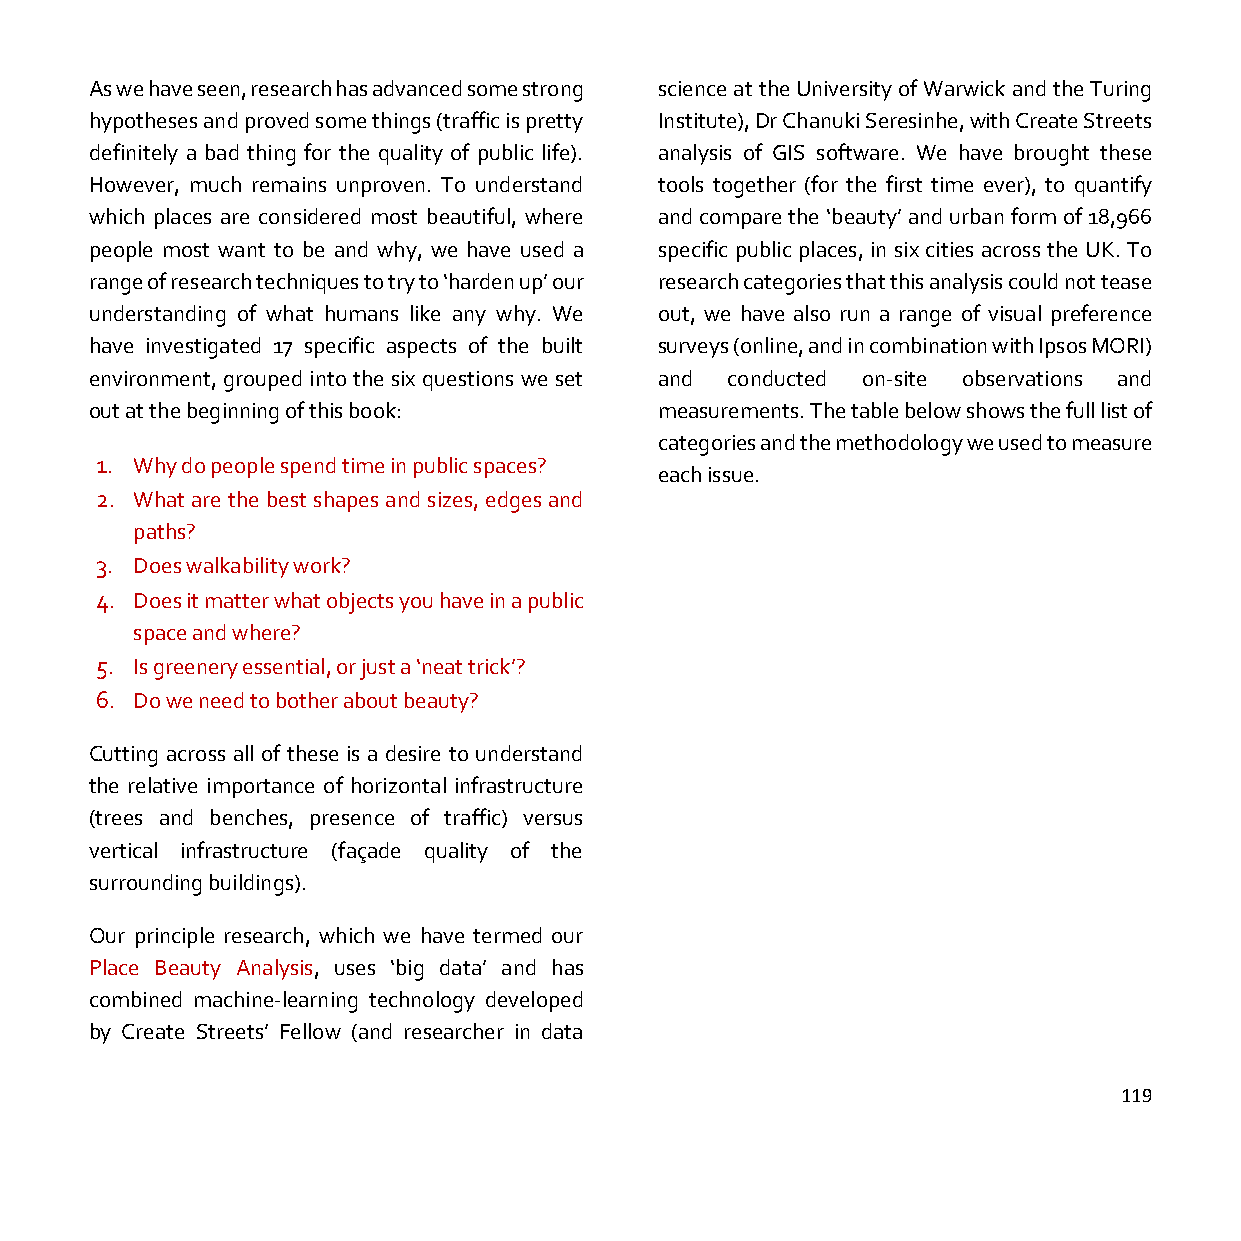
As we have seen, research has advanced some strong science at the University of Warwick and the Turing
 hypotheses and proved some things (traffic is pretty Institute), Dr Chanuki Seresinhe, with Create Streets
 definitely a bad thing for the quality of public life). analysis of GIS software. We have brought these
 However, much remains unproven. To understand tools together (for the first time ever), to quantify
 which places are considered most beautiful, where and compare the ‘beauty’ and urban form of 18,966
 people most want to be and why, we have used a specific public places, in six cities across the UK. To
 range of research techniques to try to ‘harden up’ our research categories that this analysis could not tease
 understanding of what humans like any why. We out, we have also run a range of visual preference
 have investigated 17 specific aspects of the built surveys (online, and in combination with Ipsos MORI)
 environment, grouped into the six questions we set and conducted on-site observations and
 out at the beginning of this book:    measurements. The table below shows the full list of
 categories and the methodology we used to measure
 1. Why do people spend time in public spaces?
 each issue.
 2. What are the best shapes and sizes, edges and
 paths?
 3. Does walkability work?
 4. Does it matter what objects you have in a public
 space and where?
 5. Is greenery essential, or just a ‘neat trick’?
 6. Do we need to bother about beauty?
 Cutting across all of these is a desire to understand
 the relative importance of horizontal infrastructure
 (trees and benches, presence of traffic) versus
 vertical infrastructure (façade quality of the
 surrounding buildings).
 Our principle research, which we have termed our
 Place Beauty Analysis, uses ‘big data’ and has
 combined machine-learning technology developed
 by Create Streets’ Fellow (and researcher in data
 119